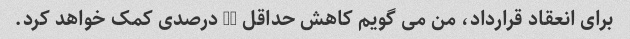
برای انعقاد قرارداد، من می گویم کاهش حداقل 15 درصدی کمک خواهد کرد.